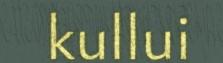
kullui